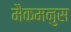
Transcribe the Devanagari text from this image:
मैकमनुस